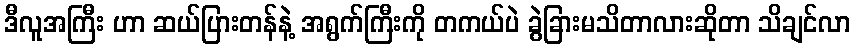
ဒီလူအကြီး ဟာ ဆယ်ပြားတန်နဲ့ အရွက်ကြီးကို တကယ်ပဲ ခွဲခြားမသိတာလားဆိုတာ သိချင်လာ